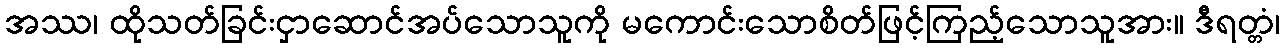
အဿ၊ ထိုသတ်ခြင်းငှာဆောင်အပ်သောသူကို မကောင်းသောစိတ်ဖြင့်ကြည့်သောသူအား။ ဒီရတ္တံ၊